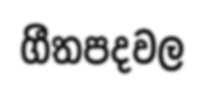
ගීතපදවල